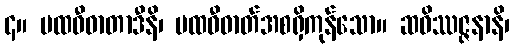
၄။ ပထဝီဓာတာဒီနိ၊ ပထဝီဓာတ်အစရှိကုန်သော။ ဆဝိဿဇ္ဇနာနိ၊